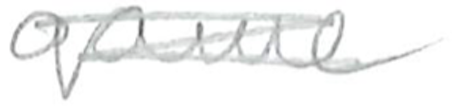
Text: game
Cross-out: scratch
Writing tool: pencil